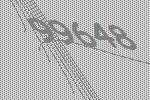
99648